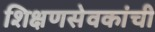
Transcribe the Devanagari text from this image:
शिक्षणसेवकांची